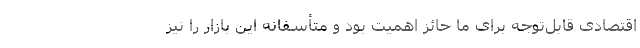
اقتصادی قابل‌توجه برای ما حائز اهمیت بود و متأسفانه این بازار را نیز